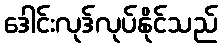
ဒေါင်းလုဒ်လုပ်နိုင်သည်